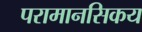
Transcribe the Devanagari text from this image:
परामानसिकय